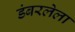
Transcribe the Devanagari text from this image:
डंबरलेला